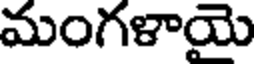
మంగళాయె